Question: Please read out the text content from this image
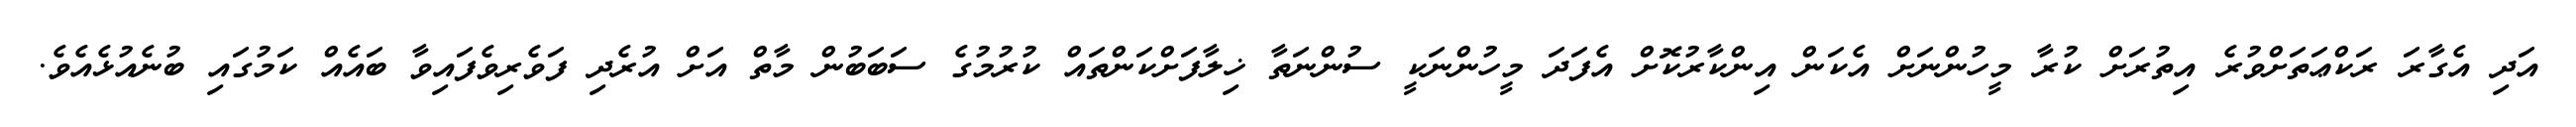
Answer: އަދި އެގާރަ ރަކްޢަތަށްވުރެ އިތުރަށް ކުރާ މީހުންނަށް އެކަން އިންކާރުކޮށް އެފަދަ މީހުންނަކީ ސުންނަތާ ޚިލާފަށްކަންތައް ކުރުމުގެ ސަބަބުން މާތް އަށް އުރެދި ފަވެރިވެފައިވާ ބައެއް ކަމުގައި ބުނެއުޅެއެވެ.